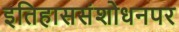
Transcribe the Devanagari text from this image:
इतिहाससंशोधनपर